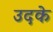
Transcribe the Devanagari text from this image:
उदके